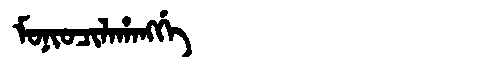
Manchu: ᠮᠣᠨᡳᠣᠴᡳᠯᠠᡥᠠᠩᡤᡝ
Romanization: MONIOCILAHANGGE